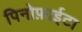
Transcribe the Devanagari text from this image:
पिनोफ़ाईटा